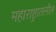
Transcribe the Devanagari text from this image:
महाराष्ट्रातलील